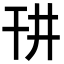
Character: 𪪁